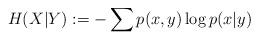
LaTeX: \begin{align*}H(X|Y) := -\sum p(x,y)\log{p(x|y)}\end{align*}